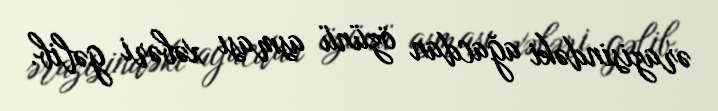
ərazisindəki ağacdan özünü asması xəbəri gəlib.